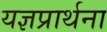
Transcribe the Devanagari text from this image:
यज्ञप्रार्थना